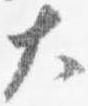
大